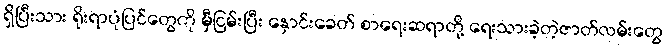
ရှိပြီးသား ရိုးရာပုံပြင်တွေကို မှီငြမ်းပြီး နှောင်းခေတ် စာရေးဆရာတို့ ရေးသားခဲ့တဲ့ဇာတ်လမ်းတွေ